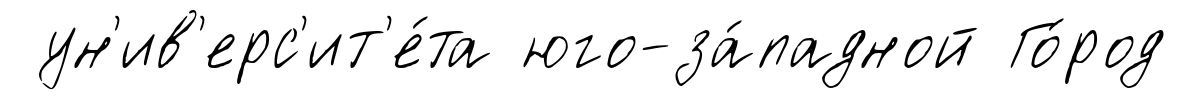
ун'ив'ерс'ит'е́та юго-за́падной Го́род